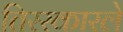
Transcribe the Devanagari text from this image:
तिरस्कारले